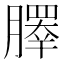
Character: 𰯞